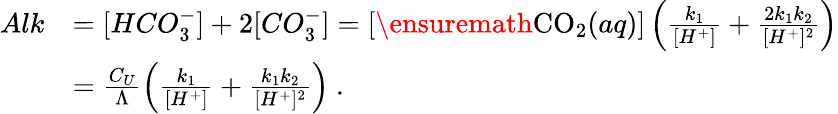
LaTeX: \begin{array}{rl}{Alk}&{=[HCO_{3}^{-}]+2[CO_{3}^{-}]=[\ensuremath{\mathrm{CO_{2}}}(aq)]\left(\frac{k_{1}}{[H^{+}]}+\frac{2k_{1}k_{2}}{[H^{+}]^{2}}\right)}\\ &{=\frac{C_{U}}{\Lambda}\left(\frac{k_{1}}{[H^{+}]}+\frac{k_{1}k_{2}}{[H^{+}]^{2}}\right)\mathrm{~.}}\end{array}